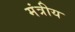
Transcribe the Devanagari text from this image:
मंत्रीय